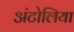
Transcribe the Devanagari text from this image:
अंटोलिया